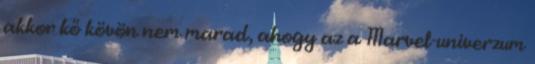
akkor kő kövön nem marad, ahogy az a Marvel-univerzum